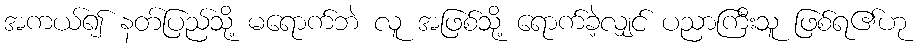
အကယ်၍ နတ်ပြည်သို့ မရောက်ဘဲ လူ အဖြစ်သို့ ရောက်ခဲ့လျှင် ပညာကြီးသူ ဖြစ်ရ၏ဟု